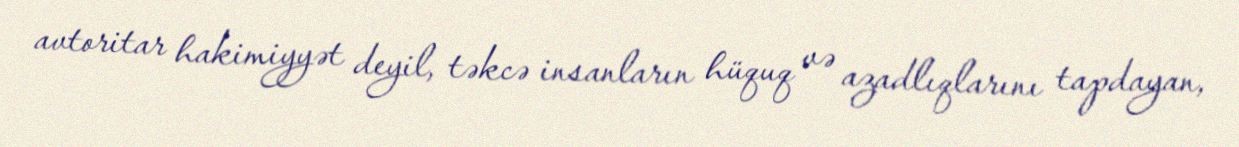
avtoritar hakimiyyət deyil, təkcə insanların hüquq və azadlıqlarını tapdayan,